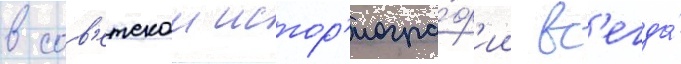
в сов'етскои истор'иогра́ф'ии вс'егда́